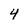
Character: 4